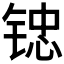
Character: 𲈅